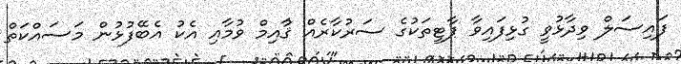
ފައިސަލް ވިދާޅުވީ ގުޅިފައިވާ ޕާޓީތަކުގެ ސަރުކާރެއް ޤާުއިމް ވުމާއި އެކު އެބޭފުޅުން މަސައްކަތް